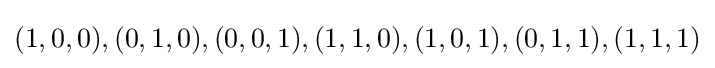
(1,0,0),(0,1,0),(0,0,1),(1,1,0),(1,0,1),(0,1,1),(1,1,1)